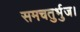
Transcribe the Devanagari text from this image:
समचतुर्भुज।